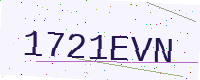
Text: 1721EVN